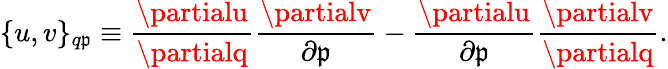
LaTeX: \{ u,v\} _{q\mathfrak{p}}\equiv{\frac{{\partialu}}{{\partialq}}}{\frac{{\partialv}}{{\partial\mathfrak{p}}}}-{\frac{{\partialu}}{{\partial\mathfrak{p}}}}{\frac{{\partialv}}{{\partialq}}}.